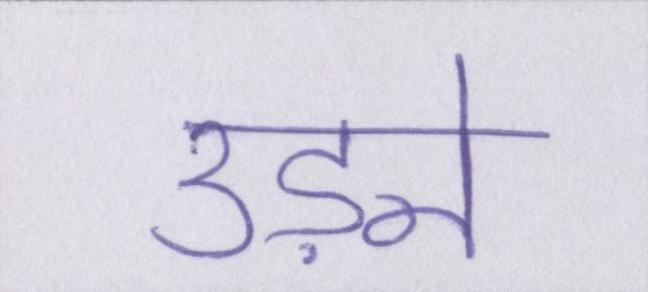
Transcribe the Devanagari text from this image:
उड़ने